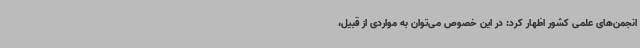
انجمن‌های علمی کشور اظهار کرد: در این خصوص می‌توان به مواردی از قبیل،